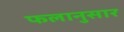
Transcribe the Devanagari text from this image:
फलानुसार